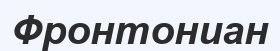
Фронтониан